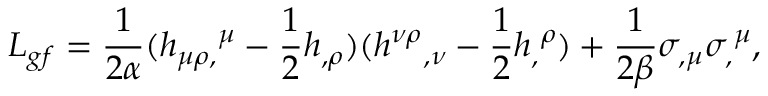
{ \cal L } _ { g f } = { \frac { 1 } { 2 \alpha } } ( h _ { \mu \rho , } { } ^ { \mu } - { \frac { 1 } { 2 } } h _ { , \rho } ) ( h ^ { \nu \rho } { } _ { , \nu } - { \frac { 1 } { 2 } } h _ { , } { } ^ { \rho } ) + { \frac { 1 } { 2 \beta } } \sigma _ { , \mu } \sigma _ { , } { } ^ { \mu } ,